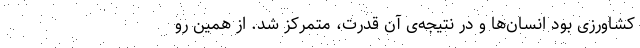
کشاورزی بود انسان‌ها و در نتیجه‌ی آن قدرت، متمرکز شد. از همین رو